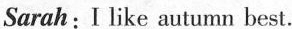
Sarah:I like autumn best.